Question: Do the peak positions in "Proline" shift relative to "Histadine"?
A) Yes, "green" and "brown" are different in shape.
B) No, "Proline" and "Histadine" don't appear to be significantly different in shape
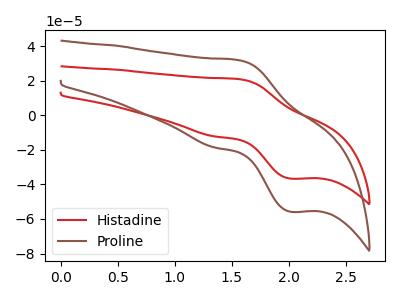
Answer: <think>The red curve "Histadine" has an anodic peak at (1.55V, 20.90uA) and a cathodic peak at (2.00V, -36.65uA). The brown curve "Proline" has an anodic peak at (1.55V, 31.90uA) and a cathodic peak at (2.00V, -55.85uA).
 All the peaks in "Proline" have a peak in "Histadine" at the same potential. Every peak in "Proline" is higher than every peak in "Histadine".</think>
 <answer>B) No, "Proline" and "Histadine" don't appear to be significantly different in shape</answer>
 <eval>B</eval>